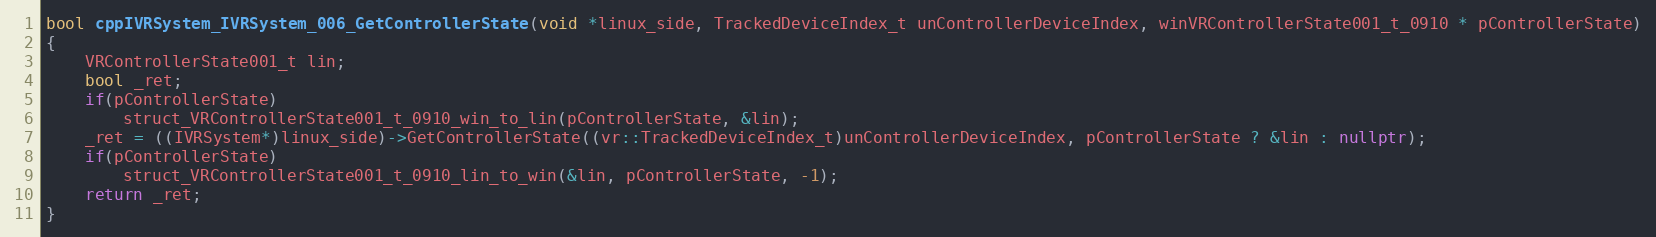
Language: C++
bool cppIVRSystem_IVRSystem_006_GetControllerState(void *linux_side, TrackedDeviceIndex_t unControllerDeviceIndex, winVRControllerState001_t_0910 * pControllerState)
{
    VRControllerState001_t lin;
    bool _ret;
    if(pControllerState)
        struct_VRControllerState001_t_0910_win_to_lin(pControllerState, &lin);
    _ret = ((IVRSystem*)linux_side)->GetControllerState((vr::TrackedDeviceIndex_t)unControllerDeviceIndex, pControllerState ? &lin : nullptr);
    if(pControllerState)
        struct_VRControllerState001_t_0910_lin_to_win(&lin, pControllerState, -1);
    return _ret;
}